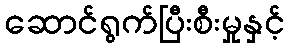
ဆောင်ရွက်ပြီးစီးမှုနှင့်